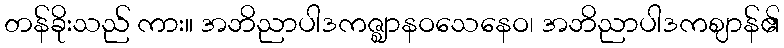
တန်ခိုးသည် ကား။ အဘိညာပါဒကဇ္ဈာနဝသေနေဝ၊ အဘိညာပါဒကဈာန်၏